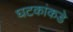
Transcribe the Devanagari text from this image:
घटकांकडे